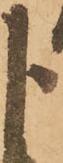
よ